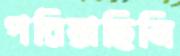
পরিয়াছিলি